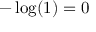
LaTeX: - \log ( 1 ) = 0